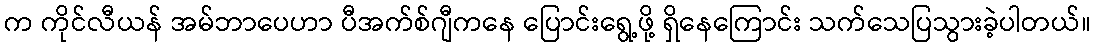
က ကိုင်လီယန် အမ်ဘာပေဟာ ပီအက်စ်ဂျီကနေ ပြောင်းရွေ့ဖို့ ရှိနေကြောင်း သက်သေပြသွားခဲ့ပါတယ်။